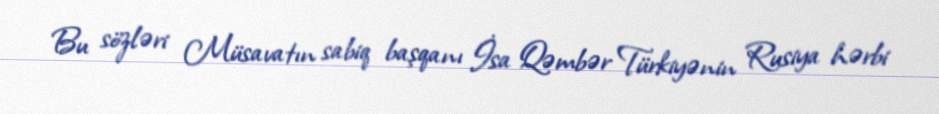
Bu sözləri Müsavatın sabiq başqanı İsa Qəmbər Türkiyənin Rusiya hərbi